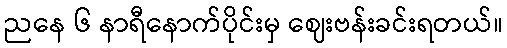
ညနေ ၆ နာရီနောက်ပိုင်းမှ ဈေးဗန်းခင်းရတယ်။